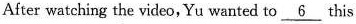
After watching the video, Yu wanted to \underline{6} this